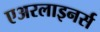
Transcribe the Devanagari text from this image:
एअरलाइनर्स